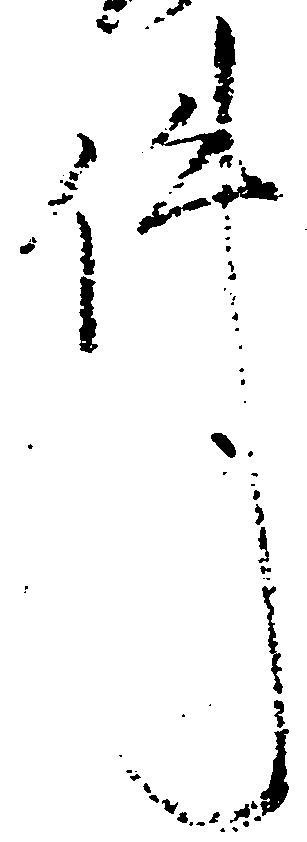
件